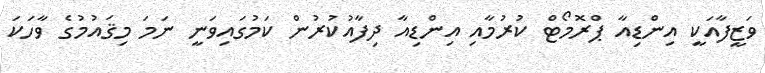
ވަޒީފާއަކީ އިންޑިއާ ޕްރޮމޯޓް ކުރުމާއި އިންޑިއާ ދިފާއުކުރުން ކަމުގައިވަނީ ނަމަ މިޤައުމުގެ ވާހަކަ